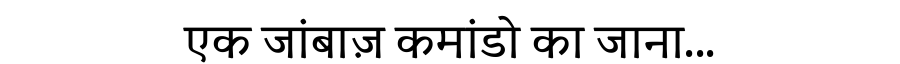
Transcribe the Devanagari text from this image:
एक जांबाज़ कमांडो का जाना...